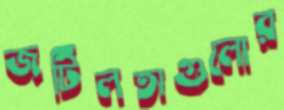
জটিলতাগুলোর